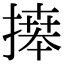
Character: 𢱭